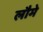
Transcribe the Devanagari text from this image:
लौमे